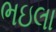
ભઇલા